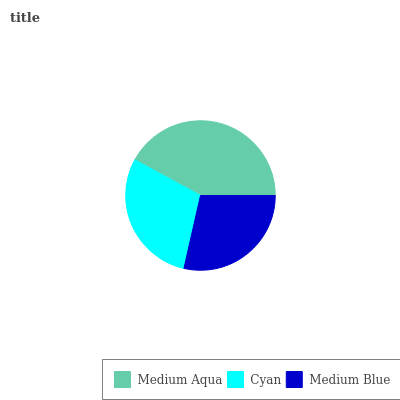
| Medium Aqua | Cyan | Medium Blue |
 | --- | --- | --- |
 | 42% | 29.5% | 28.5% |